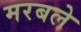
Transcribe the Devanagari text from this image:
मरबले